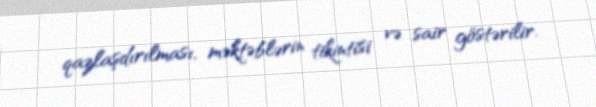
qazlaşdırılması, məktəblərin tikintisi və sair göstərilir.